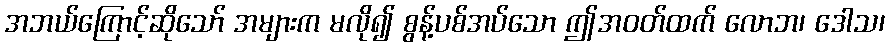
အဘယ်ကြောင့်ဆိုသော် အများက မလို၍ စွန့်ပစ်အပ်သော ဤအဝတ်ထက် လောဘ၊ ဒေါသ၊